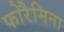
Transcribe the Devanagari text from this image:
फोरैमिना